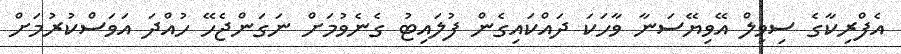
އެފްރިކާގެ ސިވިލް އޭވިޔޭސަނާ ވާހަކަ ދައްކައިގެން ފުލައިޓު ގެނެވުމަށް ނަގަންޖެހޭ ހުއްދަ އަވަސްކުރުމަށް